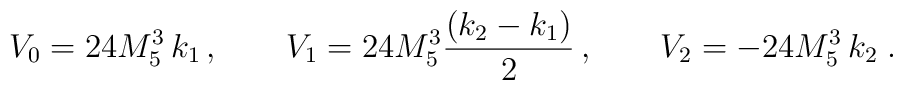
V_0=24 M_5^3 \, k_1 \, , \qquad V_1=24 M_5^3 \frac{(k_2-k_1)}{ 2} \, , \qquad V_2=-24 M_5^3 \, k_2 \; .